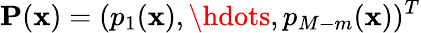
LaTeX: \mathbf{P}(\mathbf{x})=(p_{1}(\mathbf{x}),\hdots,p_{M-m}(\mathbf{x}))^{T}